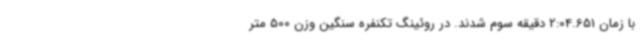
با زمان 2:04.651 دقیقه سوم شدند. در روئینگ تکنفره سنگین وزن 500 متر